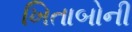
ખિતાબોની